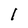
Character: 1